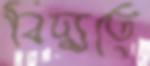
বিদ্যুতে